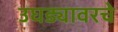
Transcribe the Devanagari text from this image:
उघड्यावरचे